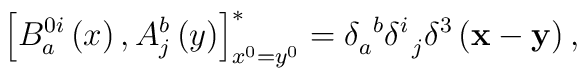
\left[ B_{a}^{0i}\left( x\right) ,A_{j}^{b}\left( y\right) \right]_{x^{0}=y^{0}}^{*}=\delta _{a}^{\;\;b}\delta _{\;\;j}^{i}\delta ^{3}\left( \mathbf{x}-\mathbf{y}\right) ,